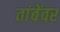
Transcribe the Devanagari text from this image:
तांबेंवर